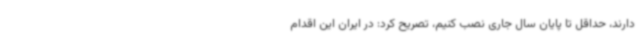
دارند، حداقل تا پایان سال جاری نصب کنیم، تصریح کرد: در ایران این اقدام